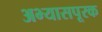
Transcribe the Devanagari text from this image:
अभ्यासपूरक